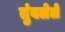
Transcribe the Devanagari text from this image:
तुंबलेले